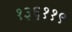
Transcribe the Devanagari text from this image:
१३६११९